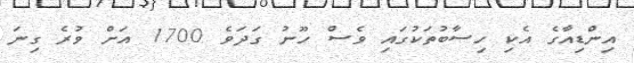
އިންޑިއާގެ އެކި ހިސާބުތަކުގައި ވެސް ހޫނު ގަދަވެ 1700 އަށް ވުރެ ގިނަ